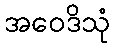
အဝေဒိသုံ